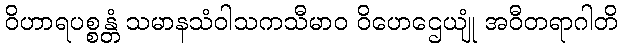
ဝိဟာရပစ္စန္တံ သမာနသံဝါသကသီမာဝ ဝိဟေဌေယျုံ အဝီတရာဂါတိ